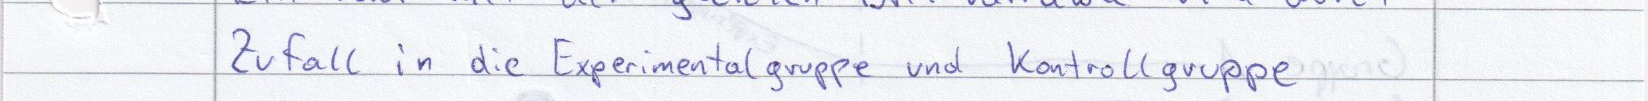
Zufall in die Experimentalgruppe und Kontrollgruppe